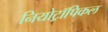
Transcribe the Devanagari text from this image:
नियोट्रॉपिकल